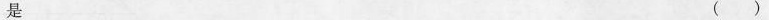
是 ( )